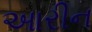
આરીન